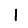
Digit: 1